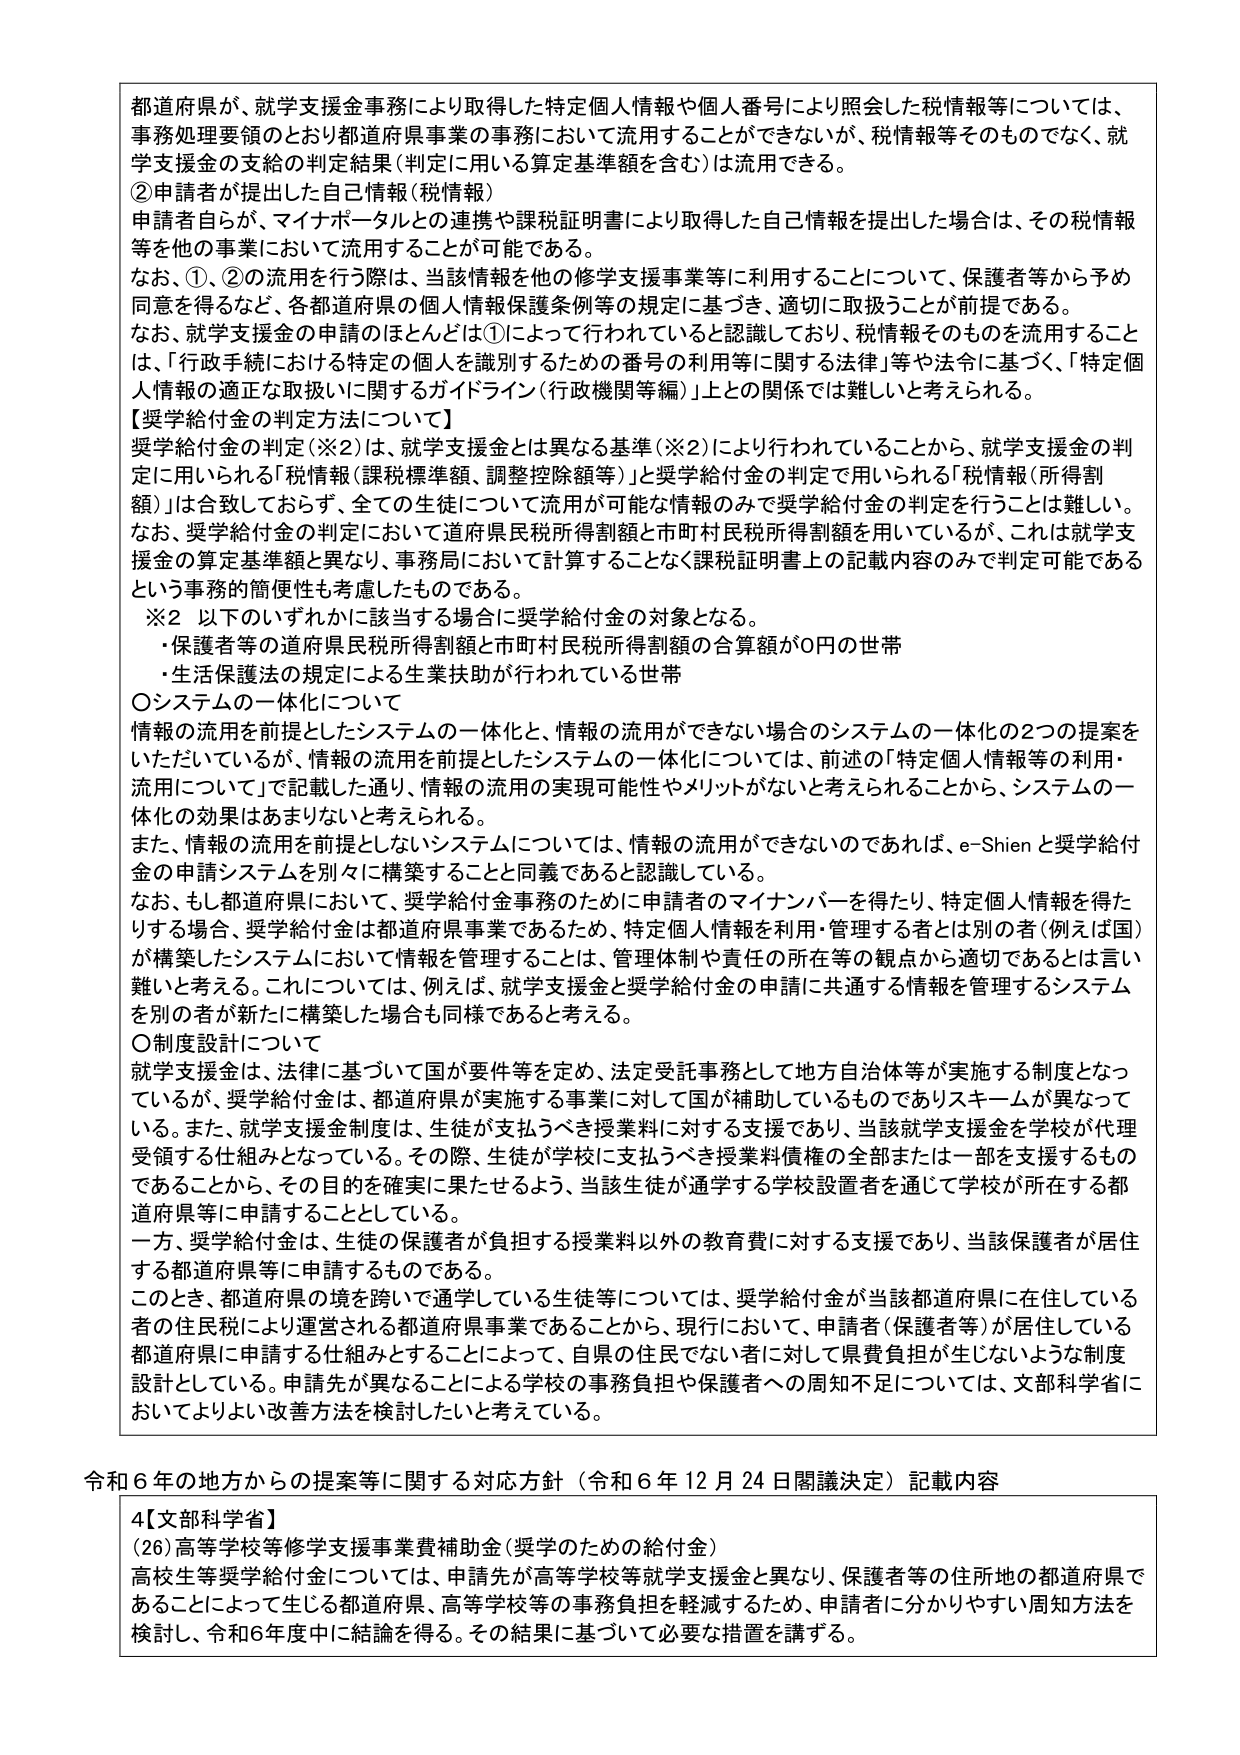
都道府県が、就学支援金事務により取得した特定個人情報や個人番号により照会した税情報等については、事務処理要領のとおり都道府県事業の事務において流用することができないが、税情報等そのものでなく、就学支援金の支給の判定結果（判定に用いる算定基準額を含む）は流用できる。

②申請者が提出した自己情報（税情報）
申請者自らが、マイナポータルとの連携や課税証明書により取得した自己情報を提出した場合は、その税情報等を他の事業において流用することが可能である。

なお、①、②の流用を行う際は、当該情報を他の修学支援事業等に利用することについて、保護者等から予め同意を得るなど、各都道府県の個人情報保護条例等の規定に基づき、適切に取扱うことが前提である。

なお、就学支援金の申請のほとんどは①によって行われていると認識しており、税情報そのものを流用することは、「行政手続における特定の個人を識別するための番号の利用等に関する法律」等や法令に基づく、「特定個人情報の適正な取扱いに関するガイドライン（行政機関等編）」上の関係では難しいと考えられる。

【奨学給付金の判定方法について】
奨学給付金の判定（※2）は、就学支援金とは異なる基準（※2）により行われていることから、就学支援金の判定に用いられる「税情報（課税標準額、調整控除額等）」と奨学給付金の判定で用いられる「税情報（所得割額）」は合致しておらず、全ての生徒について流用が可能な情報のみで奨学給付金の判定を行うことは難しい。

なお、奨学給付金の判定において道府県民税所得割額と市町村民税所得割額を用いているが、これは就学支援金の算定基準額と異なり、事務局において計算することなく課税証明書上の記載内容のみで判定可能であるという事務的簡便性も考慮したものである。

※2 以下のいずれかに該当する場合に奨学給付金の対象となる。
・保護者等の道府県民税所得割額と市町村民税所得割額の合算額が0円の世帯
・生活保護法の規定による生業扶助が行われている世帯

〇システムの一体化について
情報の流用を前提としたシステムの一体化と、情報の流用ができない場合のシステムの一体化の2つの提案をいただいているが、情報の流用を前提としたシステムの一体化については、前述の「特定個人情報等の利用・流用について」で記載した通り、情報の流用の実現可能性やメリットがないと考えられることから、システムの一体化の効果はあまりないと考えられる。

また、情報の流用を前提としないシステムについては、情報の流用ができないのであれば、e-Shienと奨学給付金の申請システムを別々に構築することと同義であると認識している。

なお、もし都道府県において、奨学給付金事務のために申請者のマイナンバーを得たり、特定個人情報を得たりする場合、奨学給付金は都道府県事業であるため、特定個人情報を利用・管理する者とは別の人（例えば国）が構築したシステムにおいて情報を管理することは、管理体制や責任の所在等の観点から適切であるとは言い難いと考える。これについては、例えば、就学支援金と奨学給付金の申請に共通する情報を管理するシステムを別の者が新たに構築した場合も同様であると考える。

〇制度設計について
就学支援金は、法律に基づいて国が要件等を定め、法定受託事務として地方自治体等が実施する制度となっているが、奨学給付金は、都道府県が実施する事業に対して国が補助しているものでありスキームが異なっている。また、就学支援金制度は、生徒が支払うべき授業料に対する支援であり、当該就学支援金を学校が代理受領する仕組みとなっている。その際、生徒が学校に支払うべき授業料債権の全部または一部を支援するものであることから、その目的を確実に果たせるよう、当該生徒が通学する学校設置者を通じて学校が所在する都道府県等に申請することとしている。

一方、奨学給付金は、生徒の保護者が負担する授業料以外の教育費に対する支援であり、当該保護者が居住する都道府県等に申請するものである。

このとき、都道府県の境を跨いで通学している生徒等については、奨学給付金が当該都道府県に在住している者の住民税により運営される都道府県事業であることから、現行において、申請者（保護者等）が居住している都道府県に申請する仕組みとすることによって、自県の住民でない者に対して県費負担が生じないような制度設計としている。申請先が異なることによる学校の事務負担や保護者への周知不足については、文部科学省においてよりよい改善方法を検討したいと考えている。

令和6年の地方からの提案等に関する対応方針（令和6年12月24日閣議決定）記載内容

4【文部科学省】
(26)高等学校等修学支援事業費補助金（奨学のための給付金）
高校生等奨学給付金については、申請先が高等学校等就学支援金と異なり、保護者等の住所地の都道府県であることによって生じる都道府県、高等学校等の事務負担を軽減するため、申請者に分かりやすい周知方法を検討し、令和6年度中に結論を得る。その結果に基づいて必要な措置を講ずる。